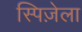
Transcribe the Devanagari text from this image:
स्पिज़ेला